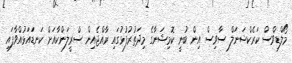
މޯލްޑިވްސް ކަރެކްޝަނަލް ސާވިސް އިން ބުނީ ކޮމިޝަނާގެ މިދަތުރުފުޅުގައި ރާއްޖެއިން ސްރީލަންކާއަށް ކަނޑައަޅުއްވާފައި